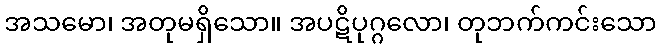
အသမော၊ အတုမရှိသော။ အပဋိပုဂ္ဂလော၊ တုဘက်ကင်းသော